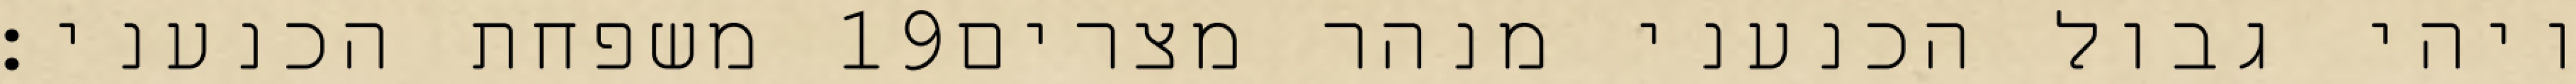
משפחת הכנעני׃ ‎19‏ ויהי גבול הכנעני מנהר מצרים